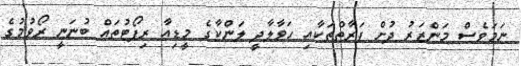
ނަމަވެސް މަންޒަރު ދުށް ފަރާތްތަކާއި ހަވާލާދީ ލަންކާގެ މީޑިއާ ރިޕޯޓުތައް ބުނަނީ ރޯވުމުގެ